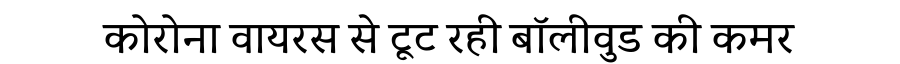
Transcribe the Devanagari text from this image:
कोरोना वायरस से टूट रही बॉलीवुड की कमर